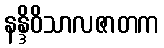
နန္ဒိဝိသာလဇာတက